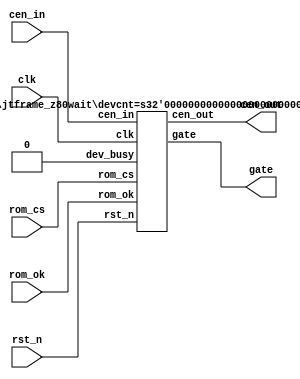
/*
  
   Multicore 2 / Multicore 2+
  
   Copyright (c) 2017-2020 - Victor Trucco

  
   All rights reserved
  
   Redistribution and use in source and synthezised forms, with or without
   modification, are permitted provided that the following conditions are met:
  
   Redistributions of source code must retain the above copyright notice,
   this list of conditions and the following disclaimer.
  
   Redistributions in synthesized form must reproduce the above copyright
   notice, this list of conditions and the following disclaimer in the
   documentation and/or other materials provided with the distribution.
  
   Neither the name of the author nor the names of other contributors may
   be used to endorse or promote products derived from this software without
   specific prior written permission.
  
   THIS CODE IS PROVIDED BY THE COPYRIGHT HOLDERS AND CONTRIBUTORS "AS IS"
   AND ANY EXPRESS OR IMPLIED WARRANTIES, INCLUDING, BUT NOT LIMITED TO,
   THE IMPLIED WARRANTIES OF MERCHANTABILITY AND FITNESS FOR A PARTICULAR
   PURPOSE ARE DISCLAIMED. IN NO EVENT SHALL THE AUTHOR OR CONTRIBUTORS BE
   LIABLE FOR ANY DIRECT, INDIRECT, INCIDENTAL, SPECIAL, EXEMPLARY, OR
   CONSEQUENTIAL DAMAGES (INCLUDING, BUT NOT LIMITED TO, PROCUREMENT OF
   SUBSTITUTE GOODS OR SERVICES; LOSS OF USE, DATA, OR PROFITS; OR BUSINESS
   INTERRUPTION) HOWEVER CAUSED AND ON ANY THEORY OF LIABILITY, WHETHER IN
   CONTRACT, STRICT LIABILITY, OR TORT (INCLUDING NEGLIGENCE OR OTHERWISE)
   ARISING IN ANY WAY OUT OF THE USE OF THIS SOFTWARE, EVEN IF ADVISED OF THE
   POSSIBILITY OF SUCH DAMAGE.
  
   You are responsible for any legal issues arising from your use of this code.
  
*//*  This file is part of JT_FRAME.
    JTFRAME program is free software: you can redistribute it and/or modify
    it under the terms of the GNU General Public License as published by
    the Free Software Foundation, either version 3 of the License, or
    (at your option) any later version.

    JTFRAME program is distributed in the hope that it will be useful,
    but WITHOUT ANY WARRANTY; without even the implied warranty of
    MERCHANTABILITY or FITNESS FOR A PARTICULAR PURPOSE.  See the
    GNU General Public License for more details.

    You should have received a copy of the GNU General Public License
    along with JTFRAME.  If not, see <http://www.gnu.org/licenses/>.

    Author: Jose Tejada Gomez. Twitter: @topapate
    Version: 1.0
    Date: 1-1-2020 */

module jtframe_rom_wait(
    input       rst_n,
    input       clk,
    input       cen_in,
    output      cen_out,
    output      gate,
    // manage access to ROM data from SDRAM
    input       rom_cs,
    input       rom_ok
);
    jtframe_z80wait #(1) u_wait(
        .rst_n      ( rst_n     ),
        .clk        ( clk       ),
        .cen_in     ( cen_in    ),
        .cen_out    ( cen_out   ),
        .gate       ( gate      ),
        // manage access to shared memory
        .dev_busy   ( 1'b0      ),
        // manage access to ROM data from SDRAM
        .rom_cs     ( rom_cs    ),
        .rom_ok     ( rom_ok    )
    );
endmodule

/////////////////////////////////////////////////////////////
/////////////////////////////////////////////////////////////
/////////////////////////////////////////////////////////////
/////////////////////////////////////////////////////////////

module jtframe_dual_wait #(parameter devcnt=2)(
    input       rst_n,
    input       clk,
    input  [1:0]     cen_in,
    output reg [1:0] cen_out,
    output           gate,
    // manage access to shared memory
    input  [devcnt-1:0] dev_busy,
    // manage access to ROM data from SDRAM
    input       rom_cs,
    input       rom_ok
);

/////////////////////////////////////////////////////////////////
// wait_n generation
reg last_rom_cs;
wire rom_cs_posedge = !last_rom_cs && rom_cs;
wire rom_bad = rom_cs && !rom_ok || rom_cs_posedge;

reg [1:0] mark, gated_at;
reg       locked, latched;
assign gate = !( rom_bad || dev_busy || locked || latched);
wire bus_ok = (rom_ok||!rom_cs) && !dev_busy;

always @(posedge clk, negedge rst_n) begin
    if( !rst_n ) begin
        gated_at <= 1'b0;
        latched  <= 1'b0;
    end else begin
        if(cen_in[0]) mark <= 2'b01;
        if(cen_in[1]) mark <= 2'b10;
        if(locked) begin
            gated_at <= mark;
            latched  <= 1'b1;
        end
        latched <= locked;
        if(bus_ok && !locked && latched) begin
            if( gated_at[0] & cen_in[1] ) latched <= 1'b0;
            if( gated_at[1] & cen_in[0] ) latched <= 1'b0;
        end
    end
end

always @(posedge clk)
    cen_out <= cen_in & {2{gate}};


always @(posedge clk or negedge rst_n) begin
    if( !rst_n ) begin
        last_rom_cs <= 1'b1;
        locked      <= 1'b0;
    end else begin
        last_rom_cs <= rom_cs;
        if( rom_bad || dev_busy) begin
            locked  <= 1'b1;
        end
        else begin
            locked <= 1'b0;
        end
    end
end

endmodule

module jtframe_z80wait #(parameter devcnt=2)(
    input       rst_n,
    input       clk,
    input       cen_in,
    output reg  cen_out,
    output      gate,
    // manage access to shared memory
    input  [devcnt-1:0] dev_busy,
    // manage access to ROM data from SDRAM
    input       rom_cs,
    input       rom_ok
);

/////////////////////////////////////////////////////////////////
// wait_n generation
reg last_rom_cs;
wire rom_cs_posedge = !last_rom_cs && rom_cs;

reg       locked;
wire rom_bad;
wire bus_ok = (rom_ok||!rom_cs) && !dev_busy;

assign gate    = !(rom_bad || dev_busy || locked );
assign rom_bad = (rom_cs && !rom_ok) || rom_cs_posedge;

always @(posedge clk)
    cen_out <= cen_in & gate;

always @(posedge clk or negedge rst_n) begin
    if( !rst_n ) begin
        last_rom_cs <= 1'b1;
        locked      <= 1'b0;
    end else begin
        last_rom_cs <= rom_cs;
        if(rom_bad || dev_busy) begin
            locked  <= 1'b1;
        end
        else begin
            locked <= 1'b0;
        end
    end
end

`ifdef SIMULATION
// Count how often there are delays because of ROM waits
integer misses=0;
always @(posedge cen_in) if(!gate) misses<=misses+1;
`endif

endmodule // jtframe_z80wait